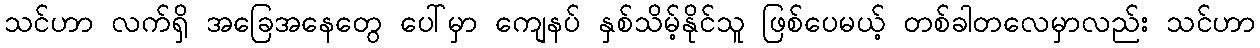
သင်ဟာ လက်ရှိ အခြေအနေတွေ ပေါ်မှာ ကျေနပ် နှစ်သိမ့်နိုင်သူ ဖြစ်ပေမယ့် တစ်ခါတလေမှာလည်း သင်ဟာ